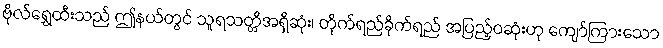
ဗိုလ်ရွှေထီးသည် ဤနယ်တွင် သူရသတ္တိအရှိဆုံး၊ တိုက်ရည်ခိုက်ရည် အပြည့်ဝဆုံးဟု ကျော်ကြားသော